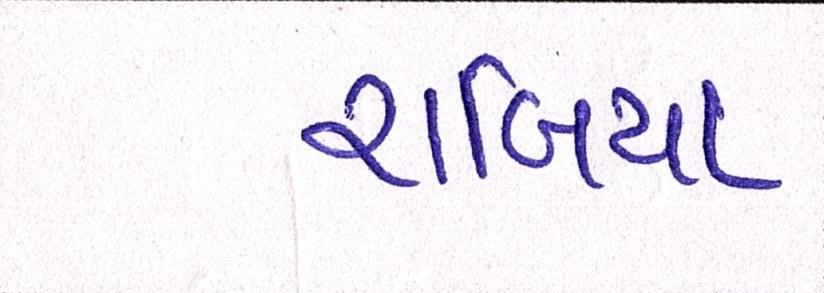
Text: રાબિયા